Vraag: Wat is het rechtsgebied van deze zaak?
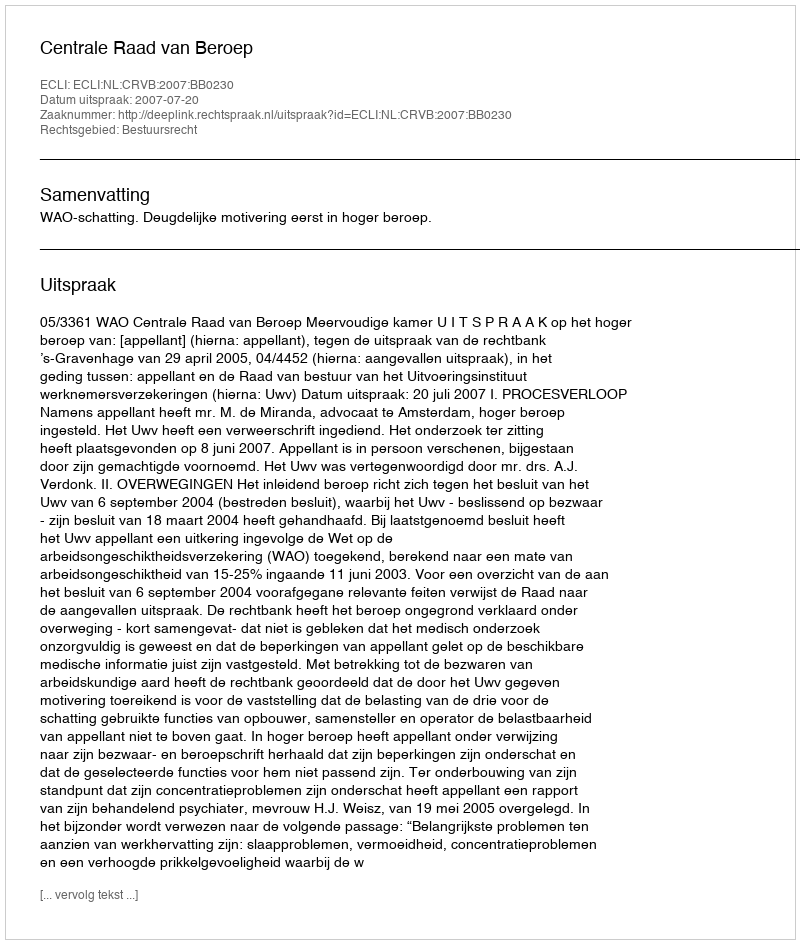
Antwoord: Bestuursrecht